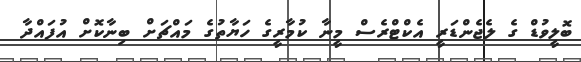
ބޮލީވުޑް ގެ ލެޖެންޑަރީ އެކްޓްރެސް މީނާ ކުމާރީގެ ހަޔާތުގެ މައްޗަށް ބިނާކޮށް އުފައްދާ